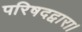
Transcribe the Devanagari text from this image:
परिषदद्वारा।